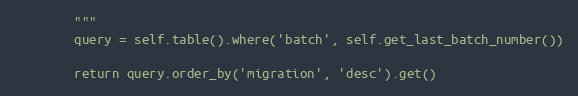
Language: Python
        """
        query = self.table().where('batch', self.get_last_batch_number())

        return query.order_by('migration', 'desc').get()